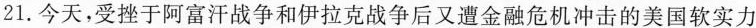
21.今天，受挫于阿富汗战争和伊拉克战争后又遭金融危机冲击的美国软实力